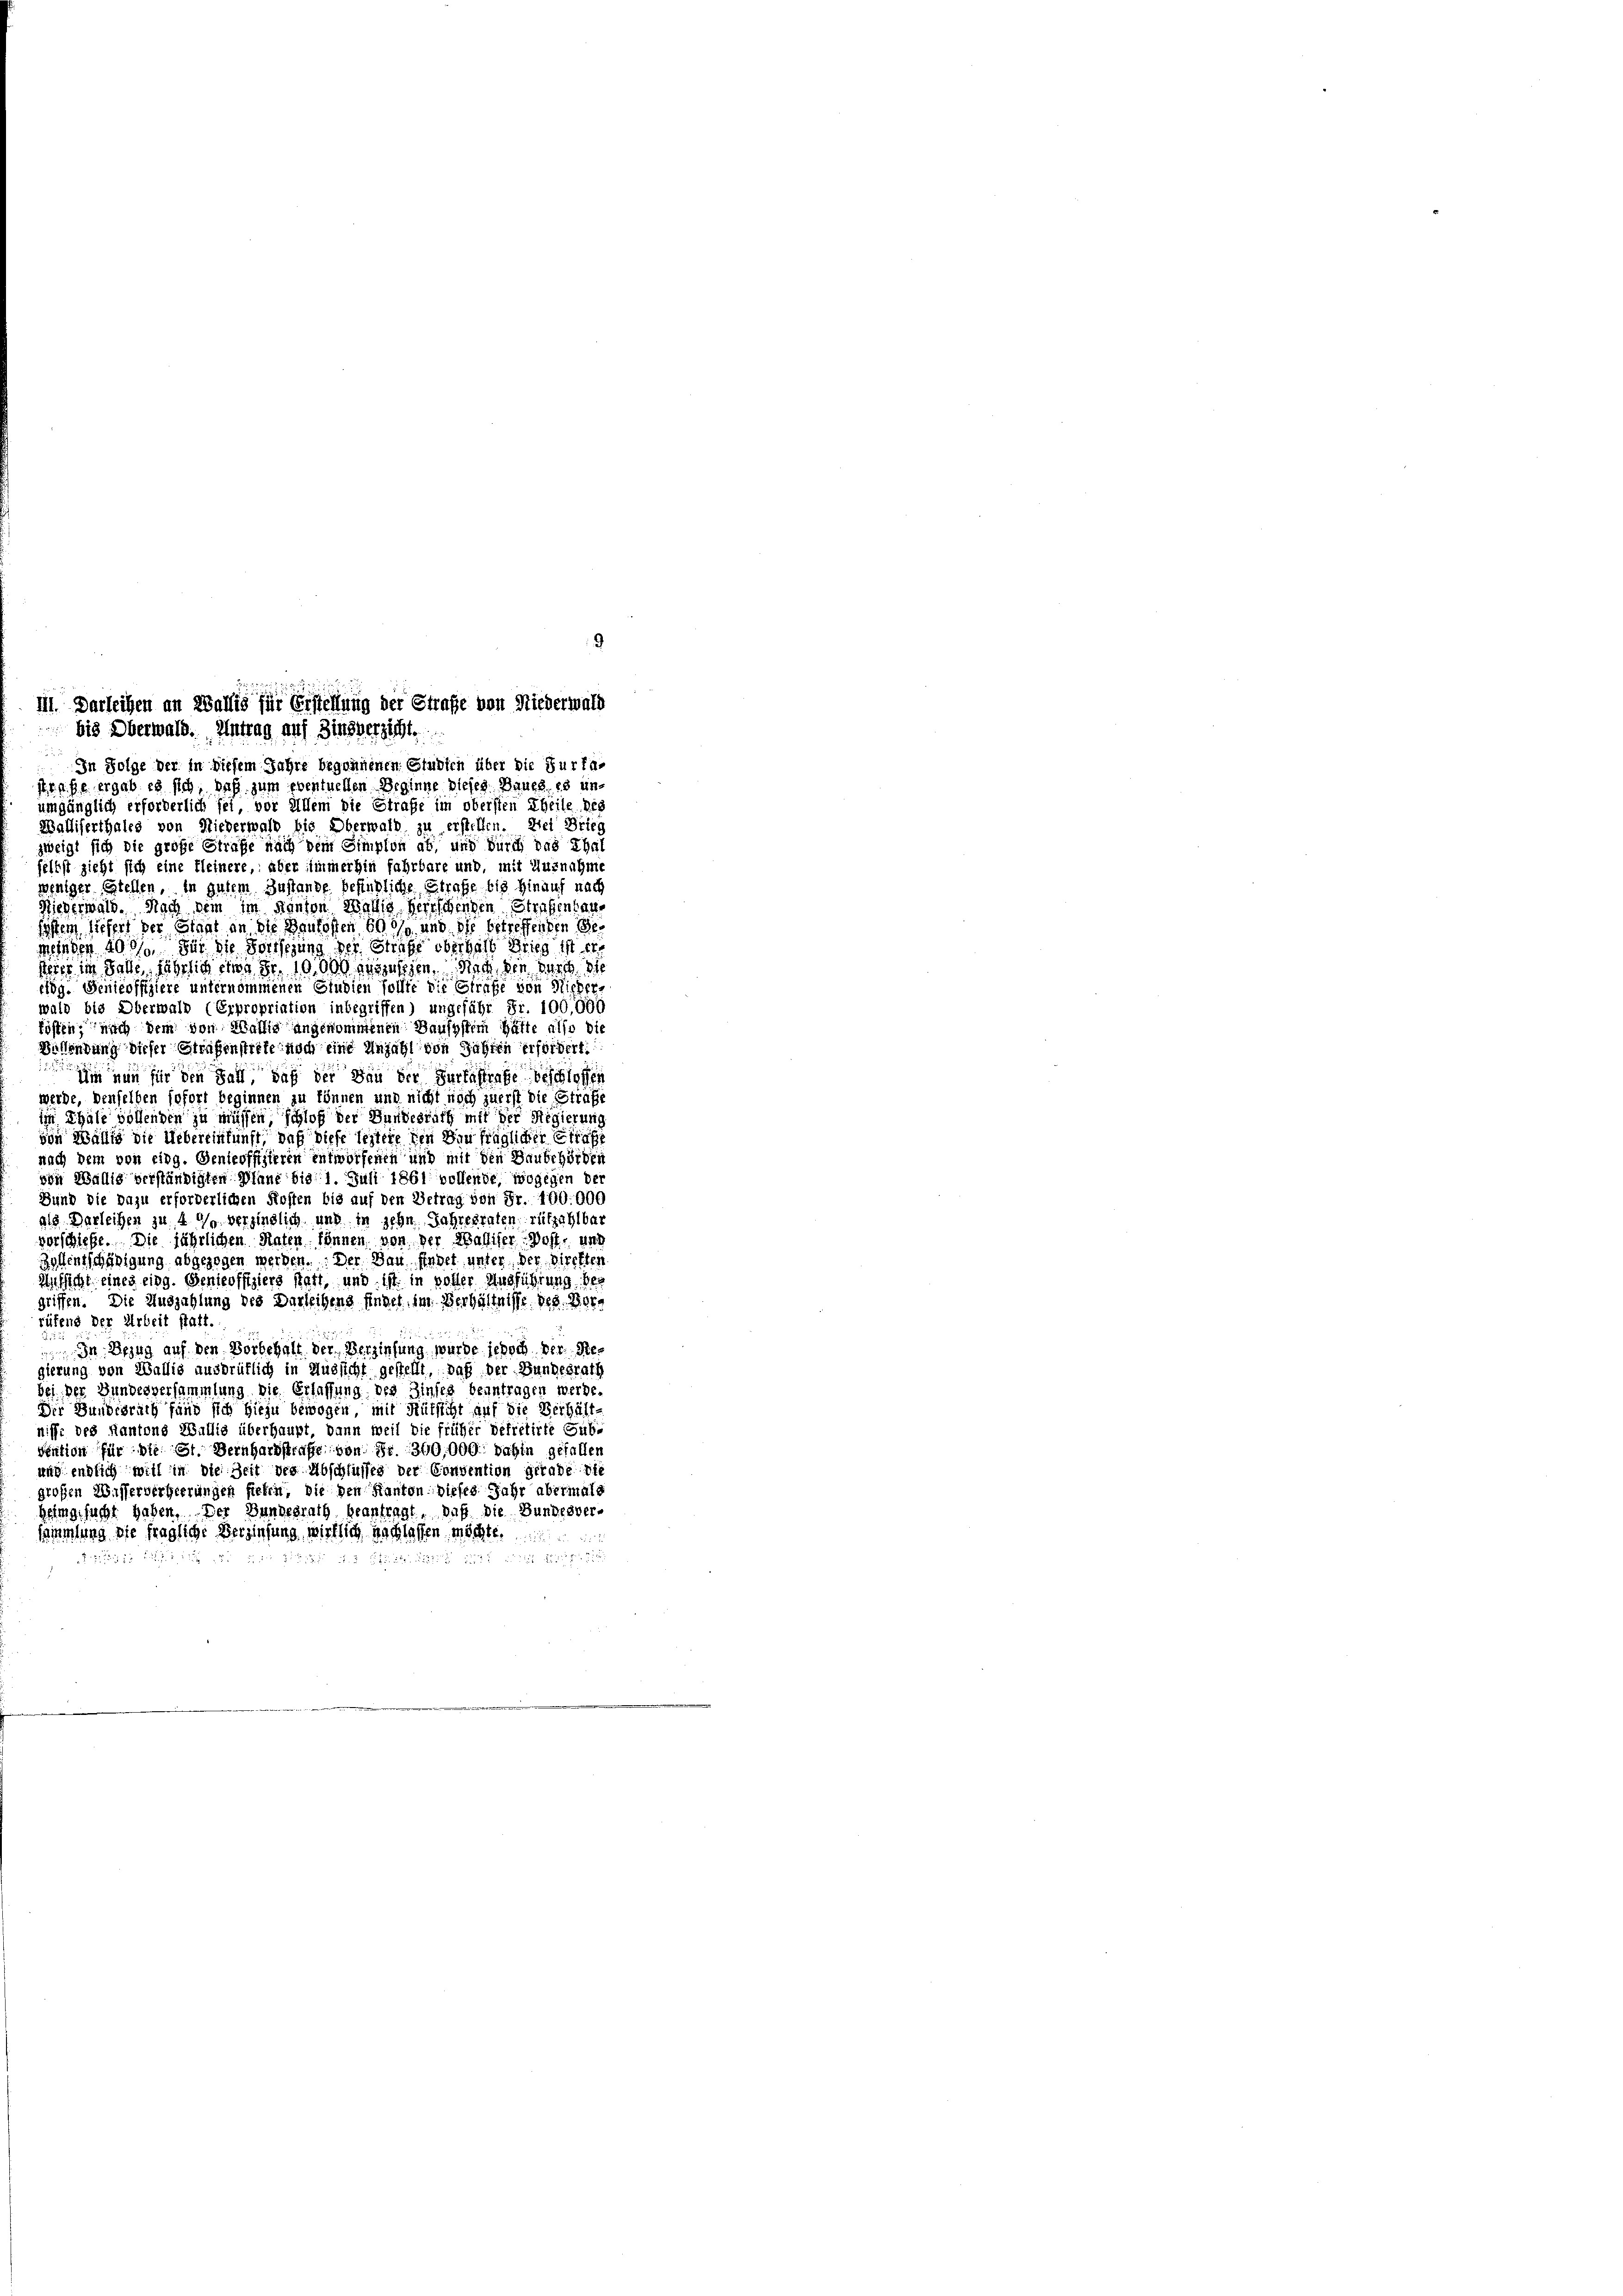
d
Ill. Darleihen an Wallis für Erstellung der Strafe von Niederwald
bis Oberwald. Antrag auf Zinsverzicht.
In Folge der in diesem Jahre begonnenen Glüdich über die Surfa-

strafe ergab es sich, daß zum eventuellen Beginne dieses Baues, es unumgänglich erforderlich sei, vor Allem die Strafe im obersten Theile des
Walliserthales von Niederwald bis Oberwald zu erstellen. Sei Brieg
zweigt sich die große Strafe nach dem Simpion ab und durch das Thal
felbst zieht sich eine Kleinere, aber immerhin fahrbare und, mit Ausnahme
weniger Stellen, in gutem Zustande befindliche Straße bis hinauf nach
Niederwald. Nach dem im Kanton Wallis herrschenden Strafenhaus
fosten sieher der Staat an die Baukosten 600 und die betreffenden Ge
meinden 400. Für die Fortsezung der Strafe oberhalb Gries ist er
drer im Falle, jährlich eine Fr. 19,000 gesehen. Nach den durch de
eidg. Genicoffiziere unternommenen Giudien sollte die Strafe von Micher-
wald bis Oberwald (Erpropriation inbegriffen) ungeführ Fr. 100,000
kösten, nach dem von Wallig angenommenen Bausystern hätte also die
Bullendung dieser Strafenstrete noch eine Anzahl von Jahren erfordert:
 nun für den Fall, daß der von der Furtastrafe beschlossen
werde, denselben sofort beginnen zu können und nicht noch zuerst die Strafe
im Thale vollenden zu müssen schloß der Bundesrath mit der Regierung
von Wallig die Uebereinkunft, daß diese leztere den in fraglicher Strafe
nach dem von eidg. Genicoffizieren entworfenen und mit den Baubehörden
von Wällig verständigten Plane bis 1. Juli 1861 vollende, wogegen der
Bund die dazu erforderlichen Kosten bis auf den Getrag von Fr. 100.000
als Darleihen zu 4 % verzinslich und in zehn Jahresraten, rükzahlbar
vorschiefe. Die jährlichen Raten können von der Walliser Post- und
Bolentschädigung abgezogen werden. Der Dau. Endet unter der Direkten
Ansicht eines eing. Genicoffiziers hatt, und ist in voller Ausführung begriffen. Die Auszahlung des Darleihens finder im Verhältnisse des Verrüfend der Arbeit statt.
 In Bezug auf den Vorbehalt der Verziehung wurde jedoch der Regierung von Wallis ausdrüklich in Aussicht gestellt, daß der Bundesrath
bei. Der Bundesversammlung die Erlassung des Zinses beantragen werde.
Der Bundesrath fand sich hiezu bewogen, mit Hütsicht auf die Verhält-
niffe des Kantons Wallig überhaupt, dann weil die früher defretirte Gube
vention für die St. Bernhardstrafe von Fr. 300,000. dahin gefallen
uug endlich weil in die Zeit der Abschlusses der Convention gerade die
großen Wisserbergierungen siehen, die den Kanton dieses Jahr abermals
heimgesucht haben. Der Bundesrath beantragt, daß die Bundesver-
sammlung die fragliche Verzinsung, wirklich nachlassen möchte.

72,